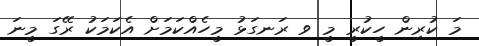
މަ ކުރިން ހީކުރީ މީ ވ ރަނގަޅު މީހެއްކަމަށް އެކަމަކު ރޭގަ މީނަ